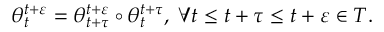
\begin{array} { r } { \theta _ { t } ^ { t + \varepsilon } = \theta _ { t + \tau } ^ { t + \varepsilon } \circ \theta _ { t } ^ { t + \tau } , \; \forall t \leq t + \tau \leq t + \varepsilon \in T . } \end{array}